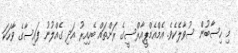
މި ހިސާބުން ސުވާލެކެވެ. އެމްއެމްޕީއާރްސީގެ ރަށްތައް ބެހިއިރު އަދި ގެއްލުނު ފައިސާގެ ވާހަކަ